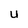
Character: U